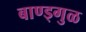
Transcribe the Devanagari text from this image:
बाण्ड्गुळ